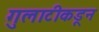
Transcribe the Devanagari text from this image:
गुलाटीकडून